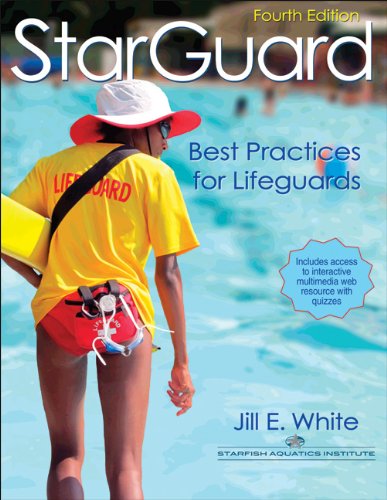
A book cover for StarGuard With Web Resource-4th Edition: Best Practices for Lifeguards; Jill White; Health, Fitness & Dieting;